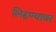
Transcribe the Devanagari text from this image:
लिहण्यावर